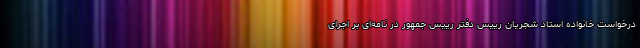
درخواست خانواده استاد شجریان رییس دفتر رییس جمهور در نامه‌ای بر اجرای